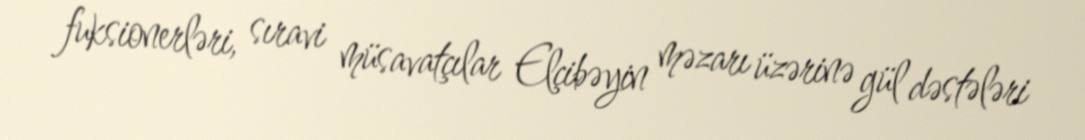
fuksionerləri, sıravi müsavatçılar Elçibəyin məzarı üzərinə gül dəstələri